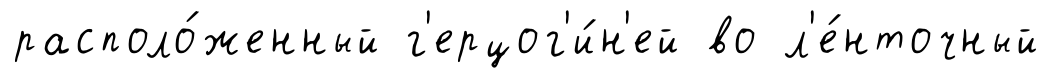
располо́женный г'ерцог'и́н'ей во л'е́нточный